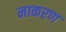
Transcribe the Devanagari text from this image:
नाकरण